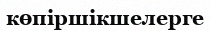
көпіршікшелерге